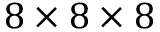
8 \times 8 \times 8